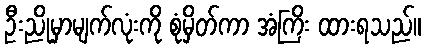
ဦးညိုမှာမျက်လုံးကို စုံမှိတ်ကာ အံကြိး ထားရသည်။